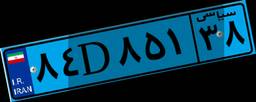
۷۹D۱۰۹۵۰